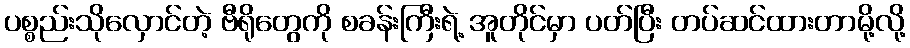
ပစ္စည်းသိုလှောင်တဲ့ ဗီရိုတွေကို စခန်းကြီးရဲ့ အူတိုင်မှာ ပတ်ပြီး တပ်ဆင်ထားတာမို့လို့